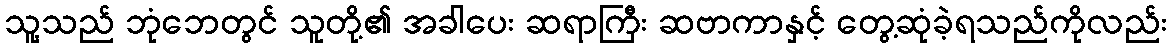
သူ့သည် ဘုံဘေတွင် သူတို့၏ အခါပေး ဆရာကြီး ဆဗာကာနှင့် တွေ့ဆုံခဲ့ရသည်ကိုလည်း